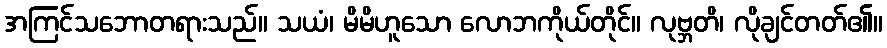
အကြင်သဘောတရားသည်။ သယံ၊ မိမိဟူသော လောဘကိုယ်တိုင်။ လုဗ္ဘတိ၊ လိုချင်တတ်၏။